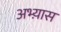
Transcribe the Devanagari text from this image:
अभ्य़ास